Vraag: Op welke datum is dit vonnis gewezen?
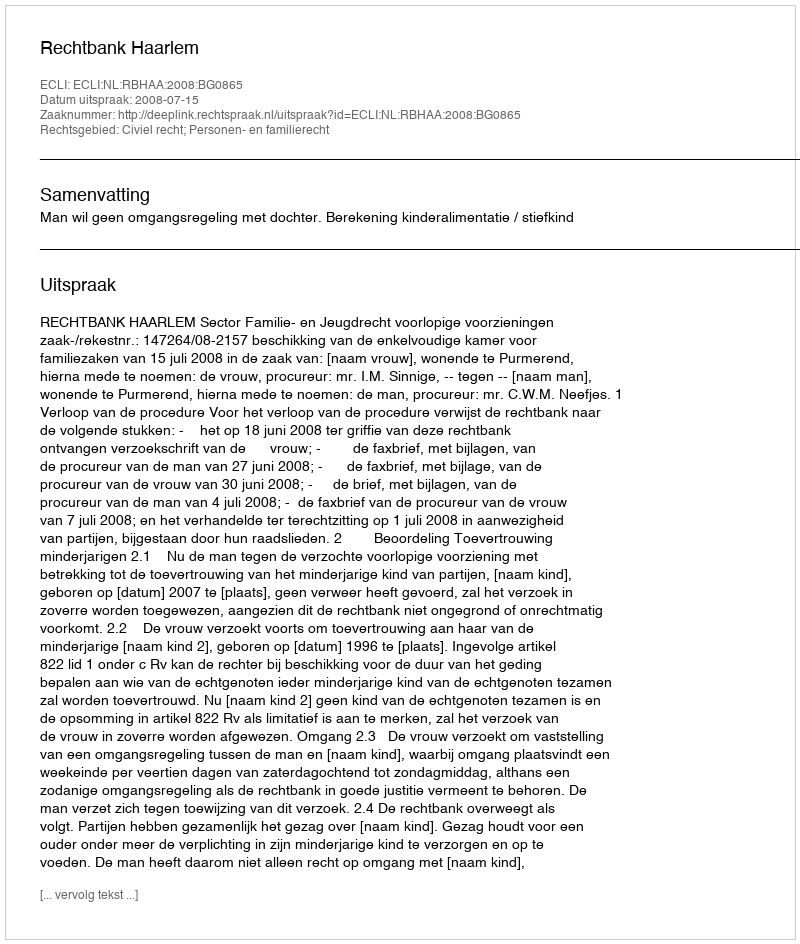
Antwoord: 2008-07-15